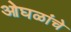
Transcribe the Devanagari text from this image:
ओघळांचे